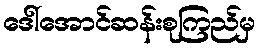
ဒေါ်အောင်ဆန်းစုကြည်မှ